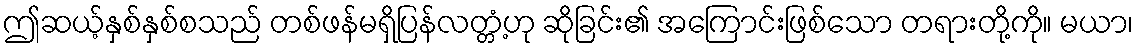
ဤဆယ့်နှစ်နှစ်စသည် တစ်ဖန်မရှိပြန်လတ္တံ့ဟု ဆိုခြင်း၏ အကြောင်းဖြစ်သော တရားတို့ကို။ မယာ၊